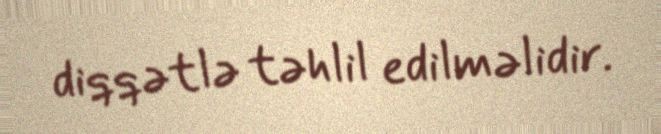
diqqətlə təhlil edilməlidir.